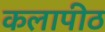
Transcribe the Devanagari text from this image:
कलापीठ